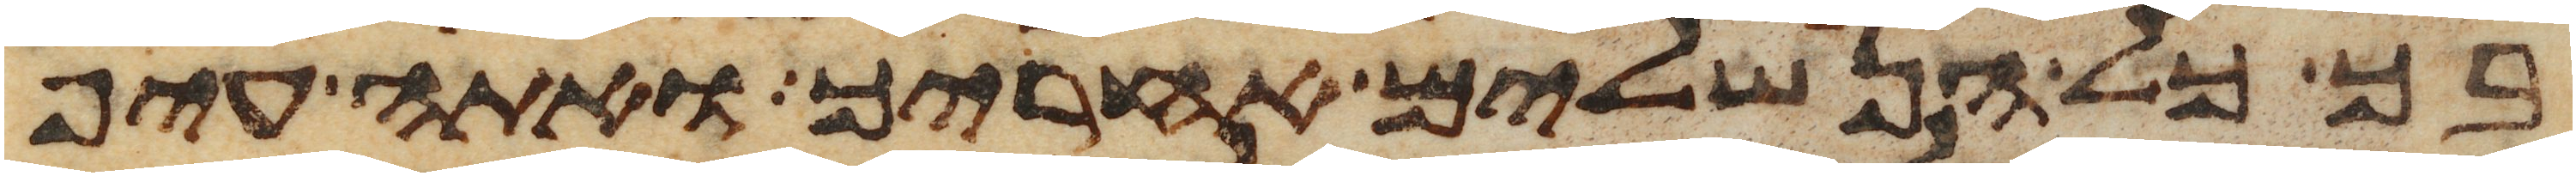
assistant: בך כל הנשלים אחריך ואתה עיף